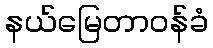
နယ်မြေတာဝန်ခံ